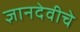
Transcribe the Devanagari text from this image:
ज्ञानदेवीचे